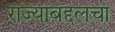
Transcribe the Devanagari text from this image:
राज्याबद्दलचा